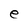
Character: e